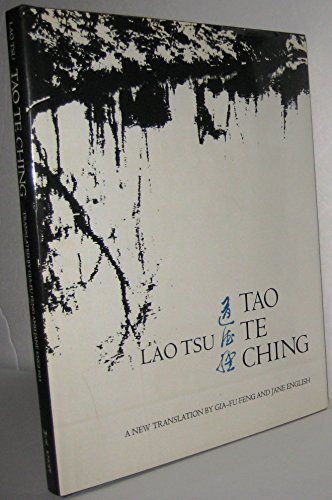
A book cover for Tao Te Ching; Laozi; Religion & Spirituality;